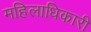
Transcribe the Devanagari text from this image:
महिलाधिकारी